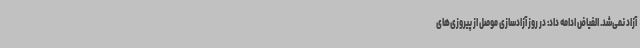
آزاد نمی‌شد. الفیاض ادامه داد: در روز آزادسازی موصل از پیروزی‌های